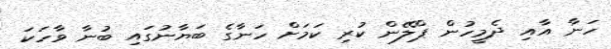
ހަނާ އާއި ދެމީހުން ޕްލޭން ކުރި ކަމަށް ހަނާގެ ބަޔާނުގައި ބުނާ ވާހަކަ